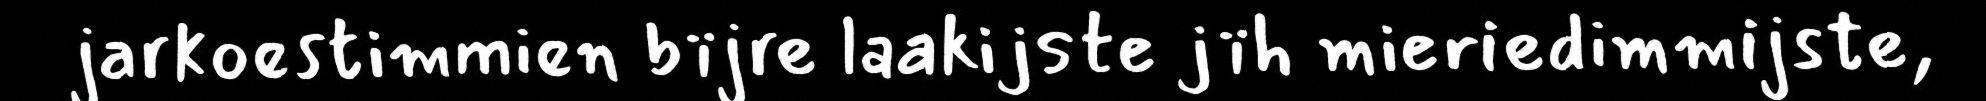
jarkoestimmien bïjre laakijste jïh mieriedimmijste,